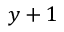
y + 1